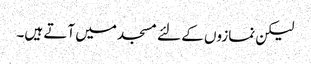
لیکن نمازوں کے لئے مسجد میں آتے ہیں۔